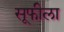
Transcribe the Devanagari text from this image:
सूफीला